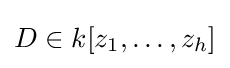
D\in k[z_{1},\ldots ,z_{h}]